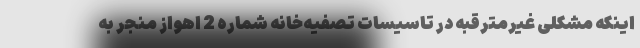
اینکه مشکلی غیرمترقبه در تاسیسات تصفیه‌خانه شماره 2 اهواز منجر به